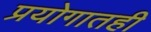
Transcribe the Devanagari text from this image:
प्रयोगातही